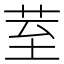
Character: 荎